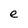
Character: e